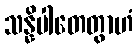
သန္နိပါတေတွာဟံ